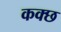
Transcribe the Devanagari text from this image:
कक्छ